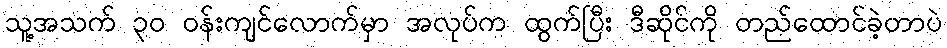
သူ့အသက် ၃၀ ဝန်းကျင်လောက်မှာ အလုပ်က ထွက်ပြီး ဒီဆိုင်ကို တည်ထောင်ခဲ့တာပဲ